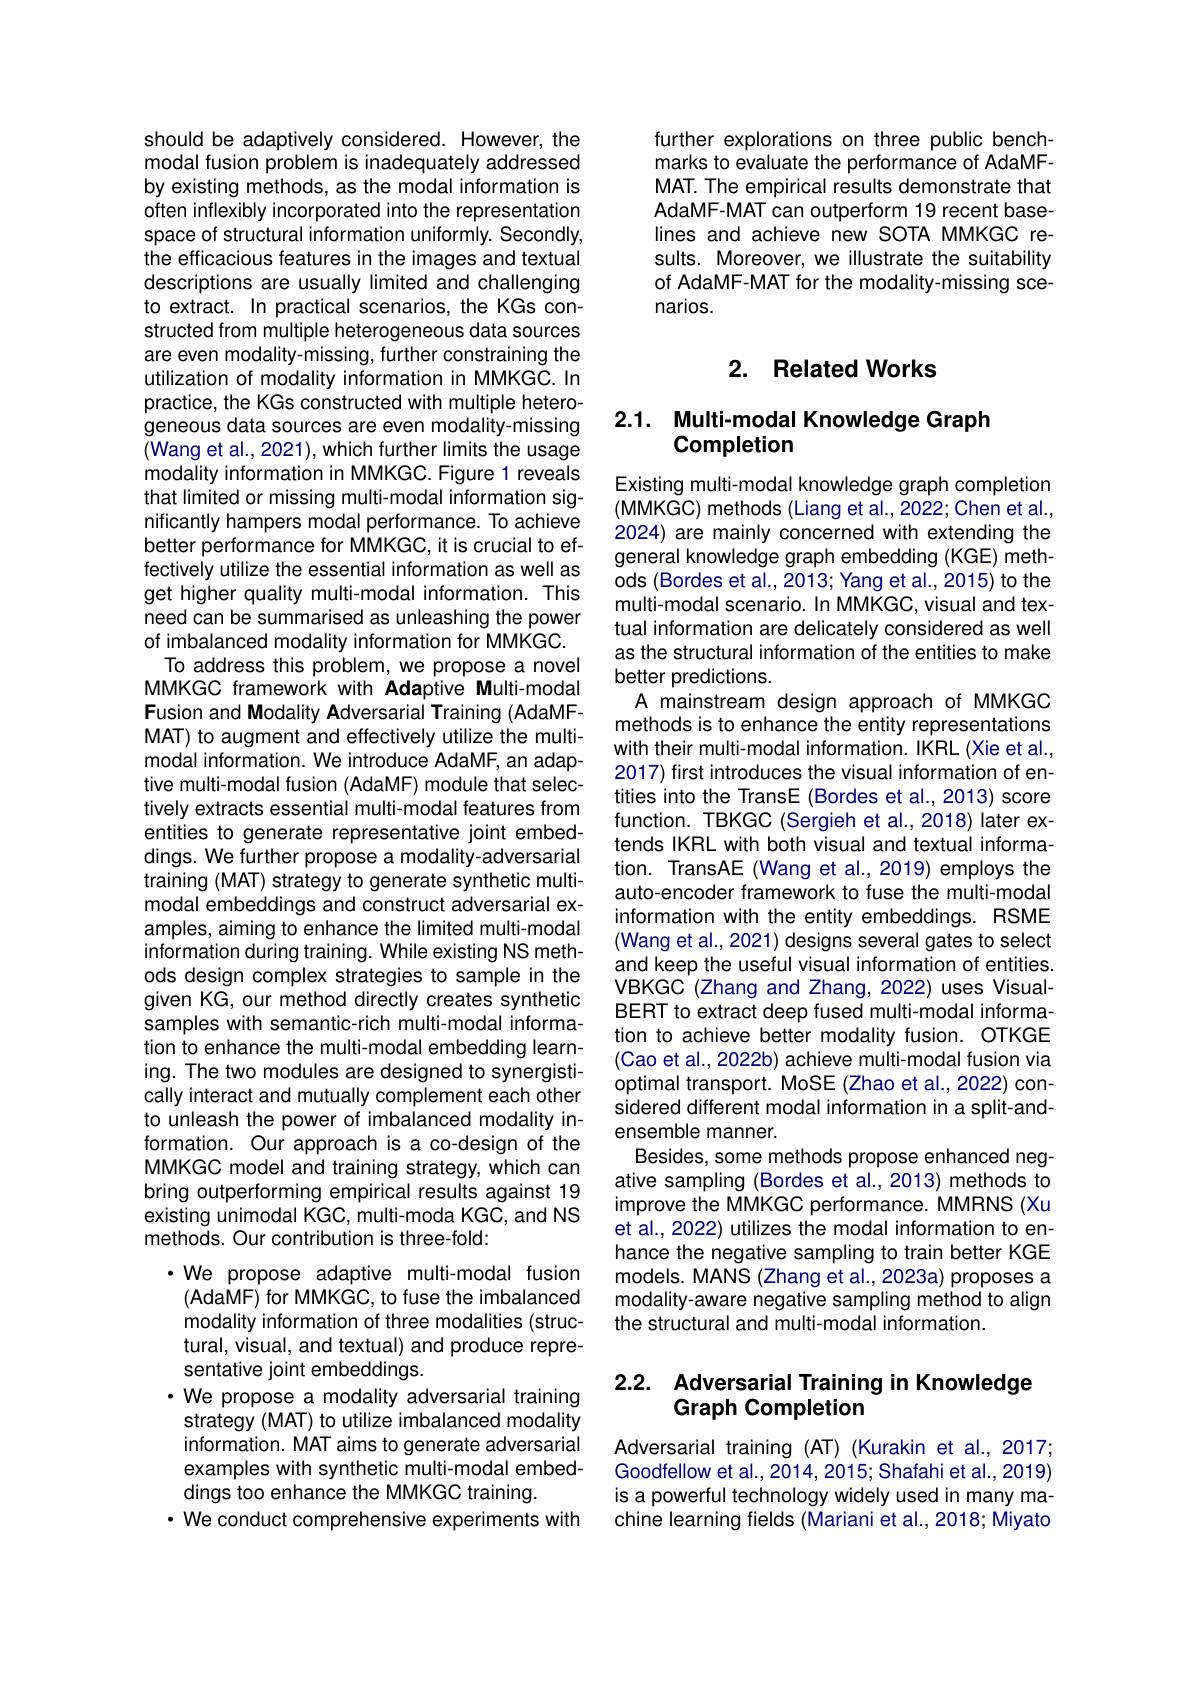
should be adaptively considered. However, the modal fusion problem is inadequately addressed by existing methods, as the modal information is often inflexibly incorporated into the representation space of structural information uniformly. Secondly, the efficacious features in the images and textual descriptions are usually limited and challenging to extract. In practical scenarios, the KGs constructed from multiple heterogeneous data sources are even modality- missing, further constraining the utilization of modality information in MMKGC. In practice, the KGs constructed with multiple heterogeneous data sources are even modality-missing (Wang et al., 2021), which further limits the usage modality information in MMKGC. Figure 1 reveals that limited or missing multi-modal information significantly hampers modal performance. To achieve better performance for MMKGC, it is crucial to effectively utilize the essential information as well as get higher quality multi-modal information. This need can be summarised as unleashing the power of imbalanced modality information for MMKGC. To address this problem, we propose a novel MMKGC framework with Adaptive Multi-modal Fusion and Modality Adversarial Training (AdaMFMAT) to augment and effectively utilize the multimodal information. We introduce AdaMF, an adaptive multi- modal fusion (AdaMF) module that selectively extracts essential multi-modal features from entities to generate representative joint embeddings. We further propose a modality-adversarial training (MAT) strategy to generate synthetic multimodal embeddings and construct adversarial examples, aiming to enhance the limited multi-modal information during training. While existing NS methods design complex strategies to sample in the given KG, our method directly creates synthetic samples with semantic-rich multi-modal information to enhance the multi-modal embedding learning. The two modules are designed to synergistically interact and mutually complement each other to unleash the power of imbalanced modality information. Our approach is a co-design of the MMKGC model and training strategy, which can bring outperforming empirical results against 19 existing unimodal KGC, multi-moda KGC, and NS methods. Our contribution is three-fold:
·We propose adaptive multi-modal fusion (AdaMF) for MMKGC, to fuse the imbalanced

modality information of three modalities (structural, visual, and textual) and produce representative joint embeddings.
·We propose a modality adversarial training
strategy (MAT) to utilize imbalanced modality information. MAT aims to generate adversarial examples with synthetic multi-modal embeddings too enhance the MMKGC training.
· We conduct comprehensive experiments with

further explorations on three public benchmarks to evaluate the performance of AdaMFMAT. The empirical results demonstrate that AdaMF-MAT can outperform 19 recent baselines and achieve new SOTA MMKGC results. Moreover, we illustrate the suitability of AdaMF-MAT for the modality-missing scenarios.

## 2. Related Works

# 2.1. Multi-modal Knowledge Graph Completion

Existing multi-modal knowledge graph completion (MMKGC) methods (Liang et al., 2022; Chen et al., 2024) are mainly concerned with extending the general knowledge graph embedding (KGE) methods (Bordes et al., 2013; Yang et al., 2015) to the multi-modal scenario. In MMKGC, visual and textual information are delicately considered as well as the structural information of the entities to make better predictions.
A mainstream design approach of MMKGC methods is to enhance the entity representations with their multi-modal information. IKRL (Xie et al., 2017) first introduces the visual information of entities into the TransE (Bordes et al., 2013) score function. TBKGC (Sergieh et al.,2018) later extends IKRL with both visual and textual information. TransAE (Wang et al.,2019) employs the auto-encoder framework to fuse the multi-modal information with the entity embeddings. RSME (Wang et al., 2021) designs several gates to select and keep the useful visual information of entities. VBKGC (Zhang and Zhang, 2022) uses VisualBERT to extract deep fused multi-modal information to achieve better modality fusion. OTKGE (Cao et al., 2022b) achieve multi-modal fusion via optimal transport. MoSE (Zhao et al., 2022) considered different modal information in a split-andensemble manner.
Besides, some methods propose enhanced negative sampling (Bordes et al.,2013) methods to improve the MMKGC performance. MMRNS (Xu et al., 2022) utilizes the modal information to enhance the negative sampling to train better KGE models. MANS (Zhang et al., 2023a) proposes a modality-aware negative sampling method to align the structural and multi-modal information.

## 2.2. Adversarial Training in Knowledge Graph Completion

Adversarial training (AT) (Kurakin et al., 2017; Goodfellow et al., 2014, 2015; Shafahi et al., 2019) is a powerful technology widely used in many machine learning fields (Mariani et al., 2018; Miyato